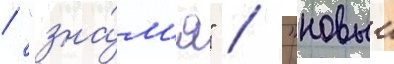
/ "зна́м'я" / "новыи